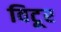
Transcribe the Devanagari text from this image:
विटूर